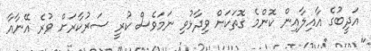
އަދީބުގެ އާއިލާއިން ކޮންމެ ގޮތަކަށް ވިދާޅުވި ނަމަވެސް ކުރީ ސަރުކާރަށް ވުރެ އޭނާއާ